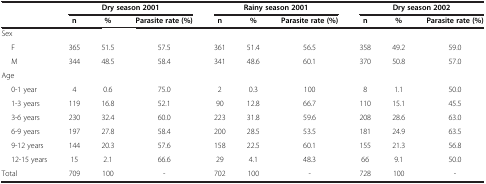
<table><thead><tr><td><b> </b></td><td colspan="3"><b>Dry season 2001</b></td><td colspan="3"><b>Rainy season 2001</b></td><td colspan="3"><b>Dry season 2002</b></td></tr><tr><td><b> </b></td><td><b>n</b></td><td><b>%</b></td><td><b>Parasite rate (%)</b></td><td><b>n</b></td><td><b>%</b></td><td><b>Parasite rate (%)</b></td><td><b>n</b></td><td><b>%</b></td><td><b>Parasite rate (%)</b></td></tr></thead><tbody><tr><td colspan="10">Sex</td></tr><tr><td>F</td><td>365</td><td>51.5</td><td>57.5</td><td>361</td><td>51.4</td><td>56.5</td><td>358</td><td>49.2</td><td>59.0</td></tr><tr><td>M</td><td>344</td><td>48.5</td><td>58.4</td><td>341</td><td>48.6</td><td>60.1</td><td>370</td><td>50.8</td><td>57.0</td></tr><tr><td colspan="10">Age</td></tr><tr><td>0-1 year</td><td>4</td><td>0.6</td><td>75.0</td><td>2</td><td>0.3</td><td>100</td><td>8</td><td>1.1</td><td>50.0</td></tr><tr><td>1-3 years</td><td>119</td><td>16.8</td><td>52.1</td><td>90</td><td>12.8</td><td>66.7</td><td>110</td><td>15.1</td><td>45.5</td></tr><tr><td>3-6 years</td><td>230</td><td>32.4</td><td>60.0</td><td>223</td><td>31.8</td><td>59.6</td><td>208</td><td>28.6</td><td>63.0</td></tr><tr><td>6-9 years</td><td>197</td><td>27.8</td><td>58.4</td><td>200</td><td>28.5</td><td>53.5</td><td>181</td><td>24.9</td><td>63.5</td></tr><tr><td>9-12 years</td><td>144</td><td>20.3</td><td>57.6</td><td>158</td><td>22.5</td><td>60.1</td><td>155</td><td>21.3</td><td>56.8</td></tr><tr><td>12-15 years</td><td>15</td><td>2.1</td><td>66.6</td><td>29</td><td>4.1</td><td>48.3</td><td>66</td><td>9.1</td><td>50.0</td></tr><tr><td>Total</td><td>709</td><td>100</td><td>-</td><td>702</td><td>100</td><td>-</td><td>728</td><td>100</td><td>-</td></tr></tbody></table>